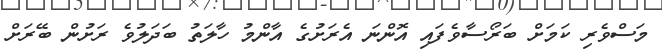
މަސްވެރި ކަމަށް ބަރޯސާވެފައި އޮންނަ އެރަށުގެ އާންމު ހާލަތު ބަދަލުވެ ރަށުން ބޭރަށް